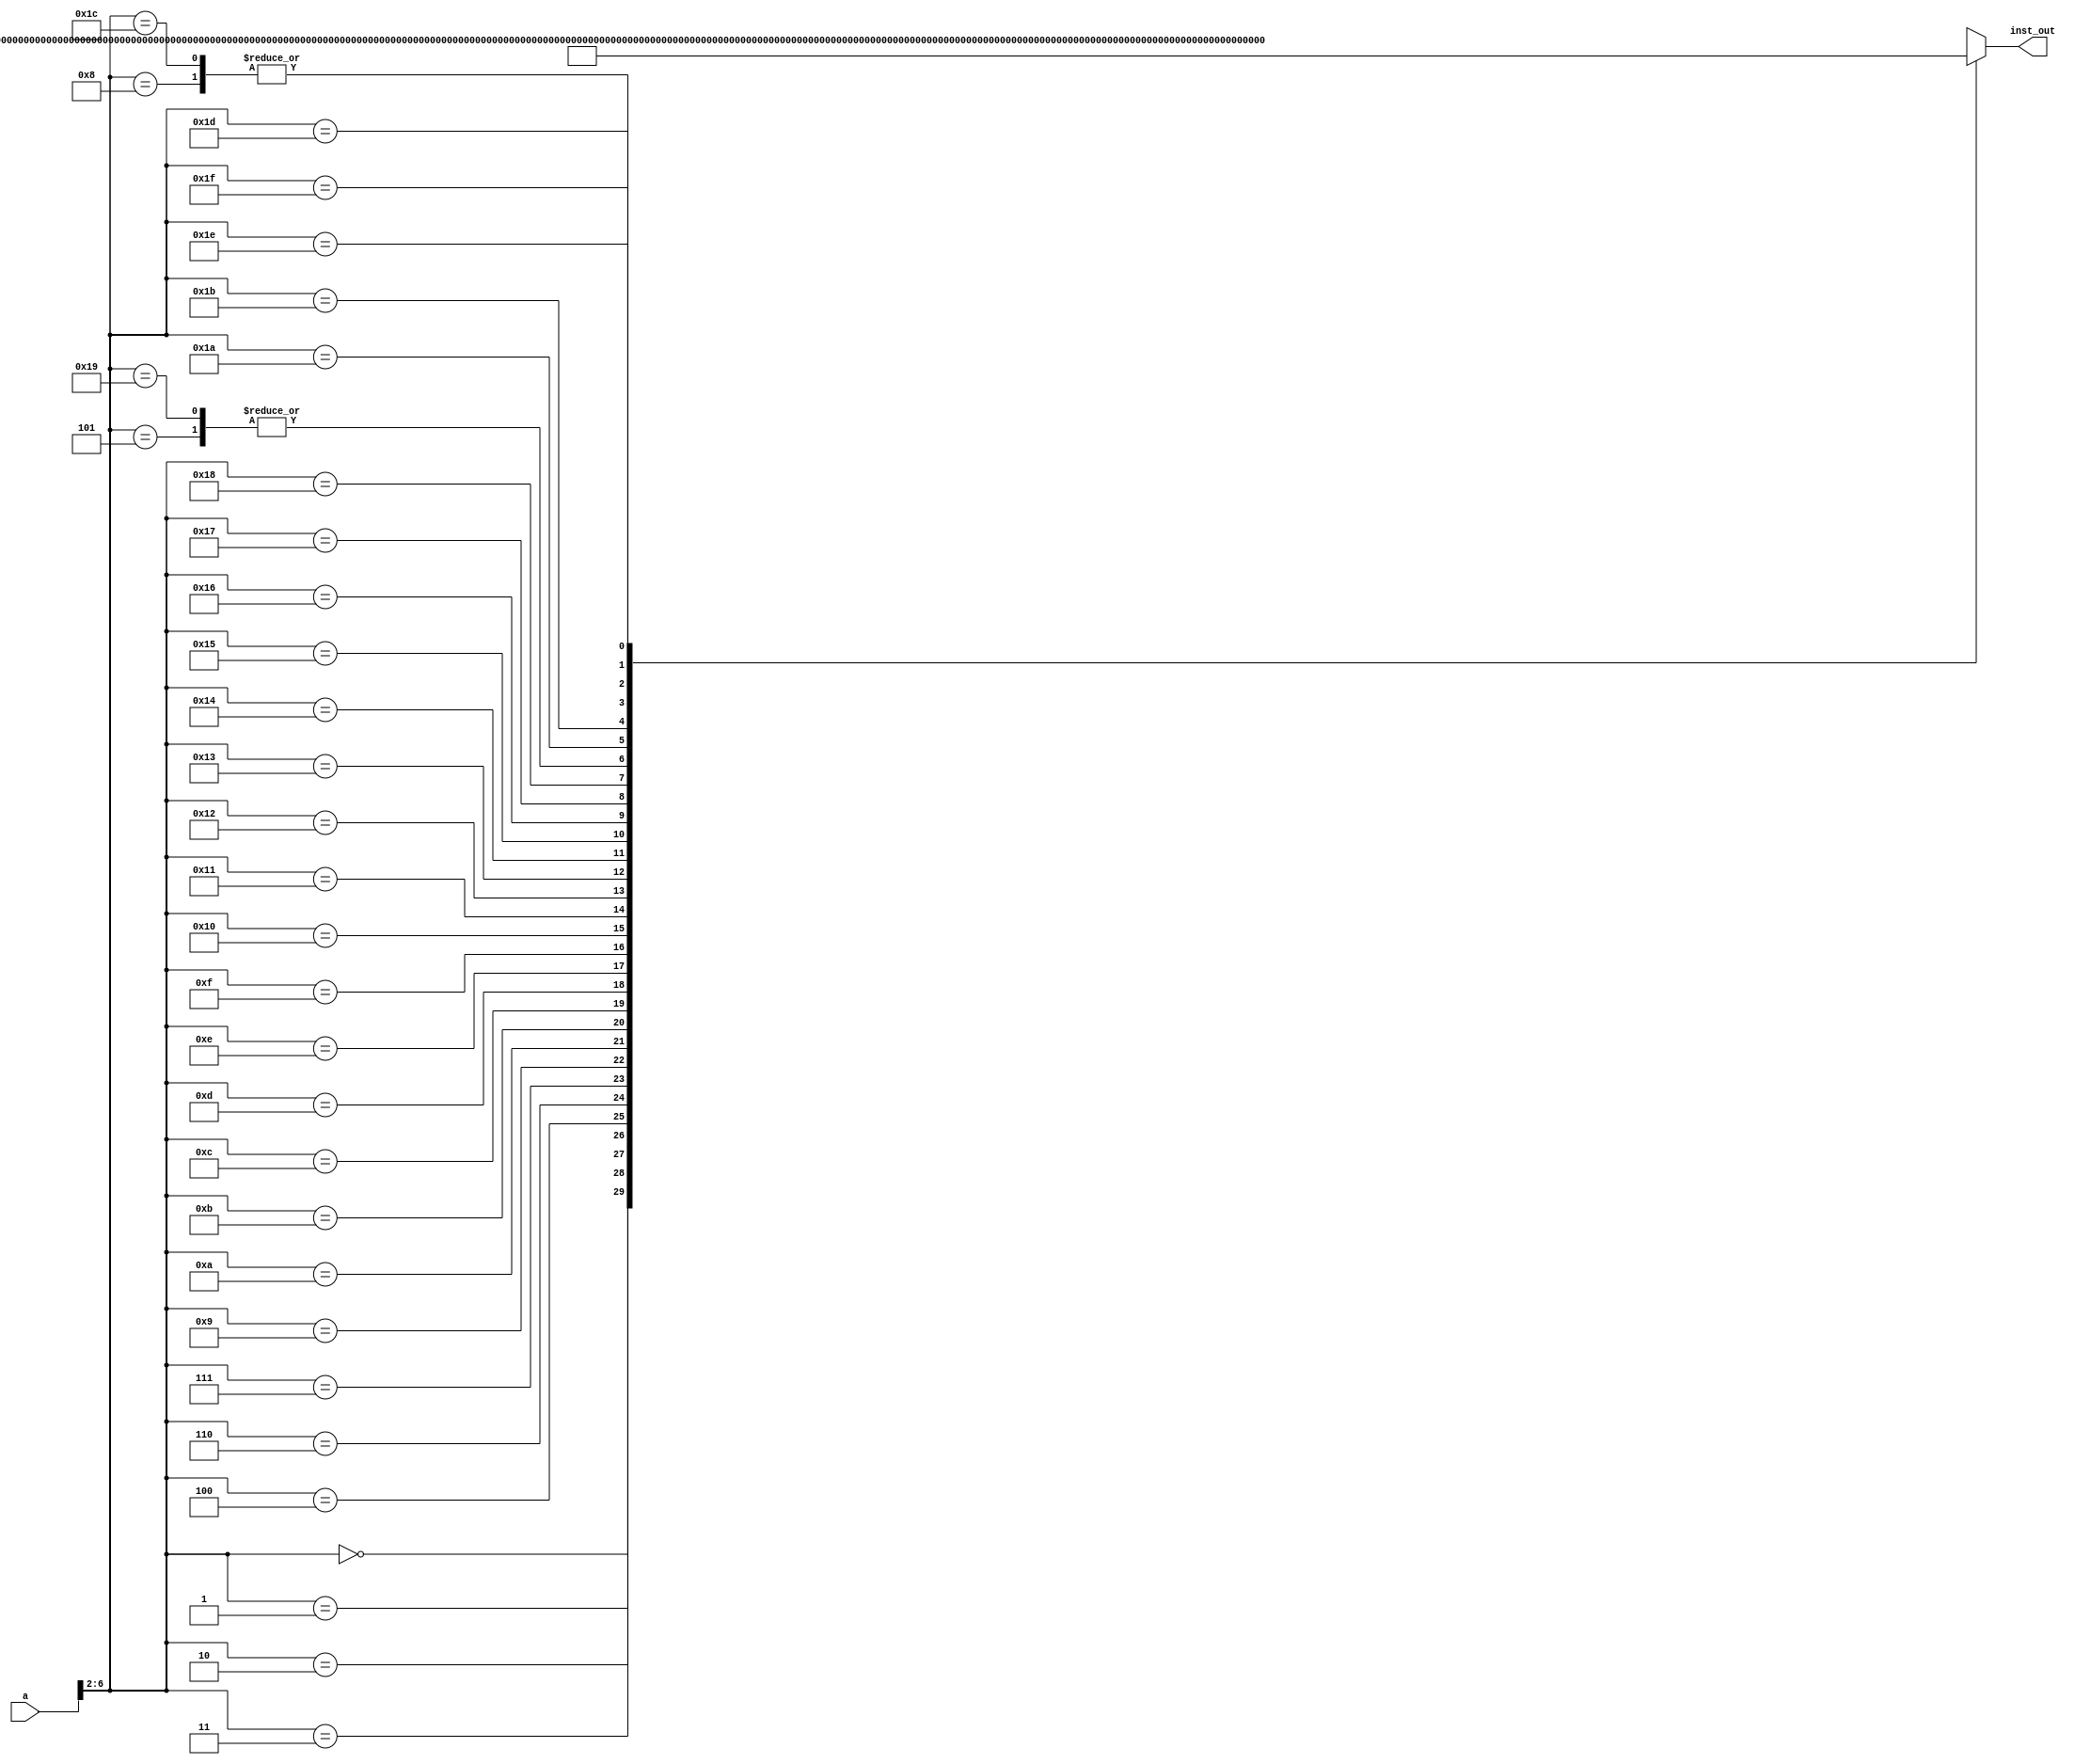
`timescale 1ns / 1ps
//////////////////////////////////////////////////////////////////////////////////
// Company: Xilinx
// 
// Design Name: INST_MEM
// Module Name: INST_MEM
// Project Name: MIPS_CPU
// Target Devices: 
// Tool Versions: 
// Description: 
// 
// Dependencies: 
// 
// Revision:
// Revision 0.01 - File Created
// Additional Comments:
// 
//////////////////////////////////////////////////////////////////////////////////


module INST_MEM(
	input[31:0] a,
	output[31:0] inst_out    );

	wire[31:0] rom[0:31];

	assign rom[5'h0] = 32'h3c010000;
	assign rom[5'h1] = 32'h34240050;
	assign rom[5'h2] = 32'h20050004;
	assign rom[5'h3] = 32'h0c000018;
	assign rom[5'h4] = 32'hac820000;
	assign rom[5'h5] = 32'h8c890000;
	assign rom[5'h6] = 32'h01244022;
	assign rom[5'h7] = 32'h20050003;
	assign rom[5'h8] = 32'h20a5ffff;
	assign rom[5'h9] = 32'h34a8ffff;
	assign rom[5'ha] = 32'h39085555;
	assign rom[5'hb] = 32'h2009ffff;
	assign rom[5'hc] = 32'h3124ffff;
	assign rom[5'hd] = 32'h01493025;
	assign rom[5'he] = 32'h01494026;
	assign rom[5'hf] = 32'h01463824;
	assign rom[5'h10] = 32'h10a00001;
	assign rom[5'h11] = 32'h08000008;
	assign rom[5'h12] = 32'h2005ffff;
	assign rom[5'h13] = 32'h000543c0;
	assign rom[5'h14] = 32'h00084400;
	assign rom[5'h15] = 32'h00084403;
	assign rom[5'h16] = 32'h000843c2;
	assign rom[5'h17] = 32'h08000017;
	assign rom[5'h18] = 32'h00004020;
	assign rom[5'h19] = 32'h8c890000;
	assign rom[5'h1a] = 32'h20840004;
	assign rom[5'h1b] = 32'h01094020;
	assign rom[5'h1c] = 32'h20a5ffff;
	assign rom[5'h1d] = 32'h14a0fffb;
	assign rom[5'h1e] = 32'h00081000;
	assign rom[5'h1f] = 32'h03e00008;

	assign inst_out = rom[a[6:2]];

endmodule